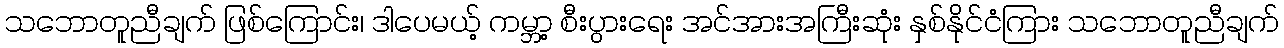
သဘောတူညီချက် ဖြစ်ကြောင်း၊ ဒါပေမယ့် ကမ္ဘာ့ စီးပွားရေး အင်အားအကြီးဆုံး နှစ်နိုင်ငံကြား သဘောတူညီချက်